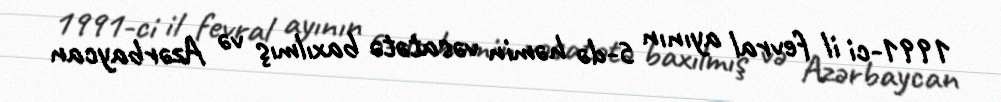
1991-ci il fevral ayının 5-də həmin vəsatətə baxılmış və Azərbaycan